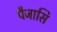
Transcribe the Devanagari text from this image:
पैजासि